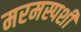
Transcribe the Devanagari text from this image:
मरमस्पर्शी